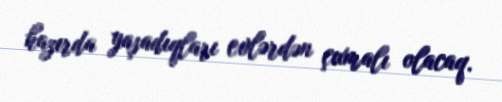
hazırda yaşadıqları evlərdən çıxmalı olacaq.